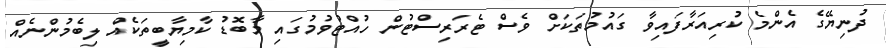
ދުނިޔޭގެ އެންމެ ކުރިއަރާފައިވާ ގައުމުތަކަށް ވެސް ޓެރަރިސްޓުން ހުއްޓުވުމުގައި މާބޮޑު ކާމިޔާބީތަކެއް ލިބެމުންނެއް